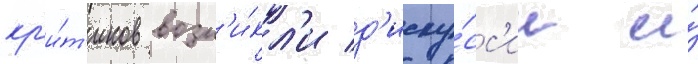
кр'и́т'иков возн'и́кл'и д'иску́сс'ии и́